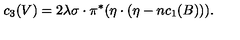
c _ { 3 } ( V ) = 2 \lambda \sigma \cdot \pi ^ { * } ( \eta \cdot ( \eta - n c _ { 1 } ( B ) ) ) .